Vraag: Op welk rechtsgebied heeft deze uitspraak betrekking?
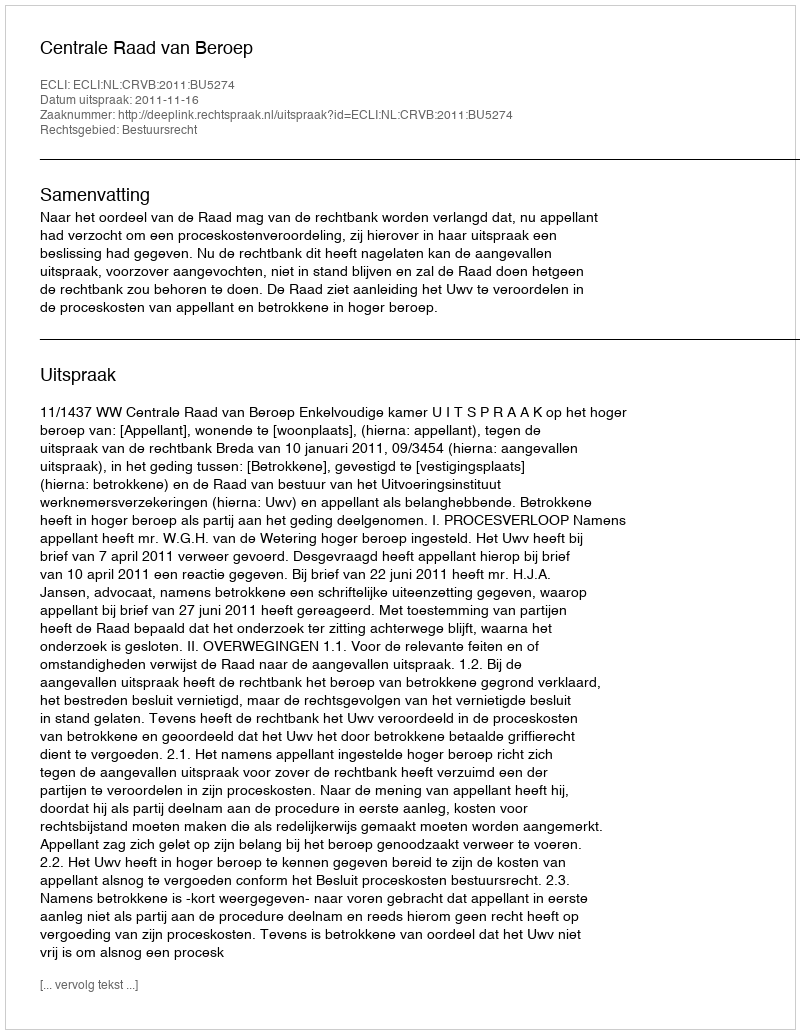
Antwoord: Bestuursrecht